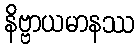
နိဗ္ဗာယမာနဿ